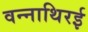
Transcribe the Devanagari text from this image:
वन्नाथिरई